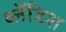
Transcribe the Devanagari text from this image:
ब्लँडिश